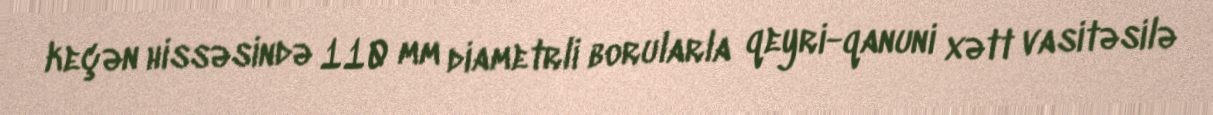
keçən hissəsində 110 mm diametrli borularla qeyri-qanuni xətt vasitəsilə